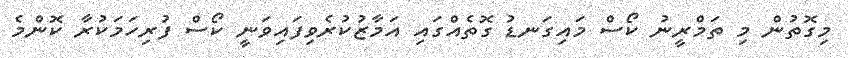
މިގޮތުން މި ތަމްރީނު ކޯސް މައިގަނޑު ގޮތެއްގައި އަމާޒުކުރެވިފައިވަނީ ކޯސް ފުރިހަމަކުރާ ކޮންމެ